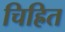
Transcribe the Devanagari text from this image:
चिह्रित